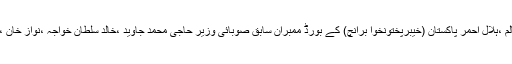
اس موقع پر دوسروں کے علاوہ سیکرٹری ابتدائی و ثانوی تعلیم افضل لطیف ،ایڈیشنل سیکرٹری قیصر عالم ،ہلال احمر پاکستان (خیبرپختونخوا برانچ) کے بورڈ ممبران سابق صوبائی وزیر حاجی محمد جاوید ،خالد سلطان خواجہ ،نواز خان ،انعام اﷲ خان ،صوبائی سیکرٹری سید علی حسن اورصوبائی پروگرام آفیسرواصف خان بھی موجود تھے۔